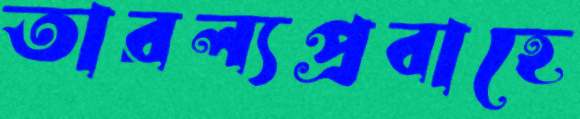
তারল্যপ্রবাহে